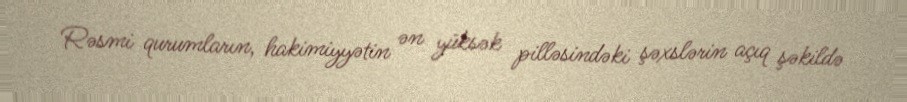
Rəsmi qurumların, hakimiyyətin ən yüksək pilləsindəki şəxslərin açıq şəkildə